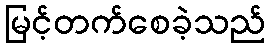
မြင့်တက်စေခဲ့သည်